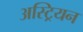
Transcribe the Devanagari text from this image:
अस्ट्रियन